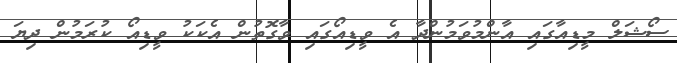
ސޯޝަލް މީޑިއާގައި އާންމުވަމުންދާ އެ ވީޑިއޯގައި ވާގޮތުން އެކަކު ވީޑިއޯ ކުރަމުން ދިޔަ